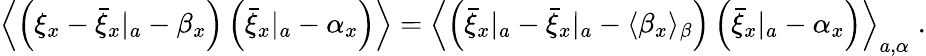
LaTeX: \begin{array}{r}{\left\langle\left(\xi_{x}-{\bar{\xi}_{x}}|_{a}-\beta_{x}\right)\left({\bar{\xi}_{x}}|_{a}-\alpha_{x}\right)\right\rangle=\left\langle\left({\bar{\xi}_{x}}|_{a}-{\bar{\xi}_{x}}|_{a}-\langle\beta_{x}\rangle_{\beta}\right)\left({\bar{\xi}_{x}}|_{a}-\alpha_{x}\right)\right\rangle_{a,\alpha}\; .}\end{array}